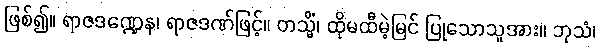
ဖြစ်၍။ ရာဇဒဏ္ဍေန၊ ရာဇဒဏ်ဖြင့်။ တသ္မိံ၊ ထိုမထီမဲ့မြင် ပြုသောသူအား။ ဘုသံ၊